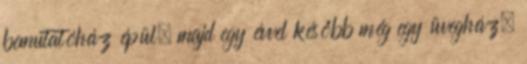
bemutatóház épül, majd egy évvel később még egy üvegház,